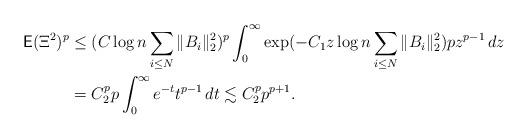
LaTeX: \begin{align*}\textsf{E}(\Xi^{2})^{p}&\le (C\log n\sum_{i\le N}\Vert B_{i}\Vert_{2}^{2})^{p}\int_{0}^{\infty}\exp(-C_{1}z\log n\sum_{i\le N}\Vert B_{i}\Vert_{2}^{2})pz^{p-1}\, dz\\&=C_{2}^{p}p\int_{0}^{\infty} e^{-t}t^{p-1}\, dt\lesssim C_{2}^{p}p^{p+1}.\end{align*}